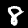
Label: 8